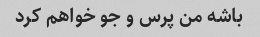
باشه من پرس و جو خواهم کرد